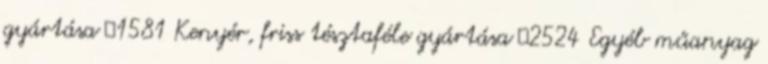
gyártása ▪1581 Kenyér, friss tésztaféle gyártása ▪2524 Egyéb műanyag